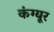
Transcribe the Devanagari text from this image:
कंग्‍यूर